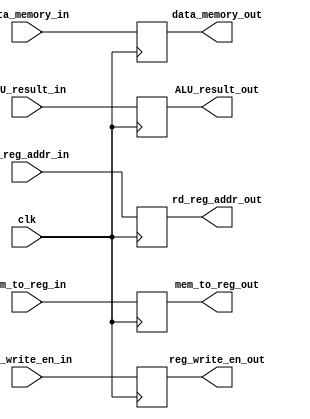
module MEM_WB (
  input clk,
  input mem_to_reg_in,
  input reg_write_en_in,
  input [4:0] rd_reg_addr_in,
  input [31:0] data_memory_in,
  input [31:0] ALU_result_in,
  output reg mem_to_reg_out,
  output reg reg_write_en_out,
  output reg [31:0] data_memory_out,
  output reg [31:0] ALU_result_out,
  output reg [4:0] rd_reg_addr_out
);
  
  always@(posedge clk) begin
    data_memory_out <= data_memory_in;
    ALU_result_out <= ALU_result_in;
    mem_to_reg_out <= mem_to_reg_in;
    reg_write_en_out <= reg_write_en_in;
    rd_reg_addr_out <= rd_reg_addr_in;
  end
  
endmodule